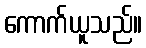
ကောက်ယူသည်။